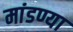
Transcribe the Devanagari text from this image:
मांडण्या